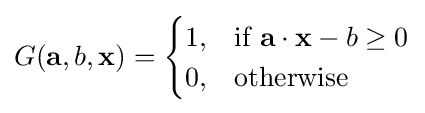
G(\mathbf {a} ,b,\mathbf {x} )={\begin{cases}1,&{\text{if }}{\bf {a}}\cdot {\bf {x}}-b\geq 0\\0,&{\text{otherwise}}\end{cases}}